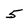
Character: 5